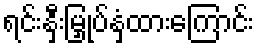
ရင်းနှီးမြှုပ်နှံထားကြောင်း